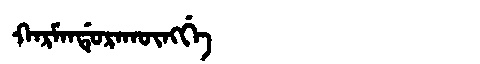
Manchu: ᡴᠠᡵᠮᠠᠨᡩᡠᡵᠠᡴᡡᠩᡤᡝ
Romanization: KARMANDURAKŪNGGE